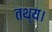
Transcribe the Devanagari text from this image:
तथ्य।